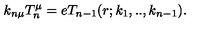
k _ { n \mu } T _ { n } ^ { \mu } = e T _ { n - 1 } ( r ; k _ { 1 } , . . , k _ { n - 1 } ) .